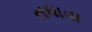
તધાવા